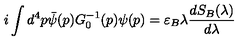
i \int d ^ { 4 } p \bar { \psi } ( p ) G _ { 0 } ^ { - 1 } ( p ) \psi ( p ) = \varepsilon _ { B } \lambda \frac { d S _ { B } ( \lambda ) } { d \lambda }